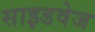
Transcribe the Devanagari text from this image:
साइडवेज